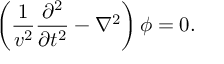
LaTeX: \left( \frac { 1 } { v ^ { 2 } } \frac { \partial ^ { 2 } } { \partial t ^ { 2 } } - \nabla ^ { 2 } \right) \phi = 0 .